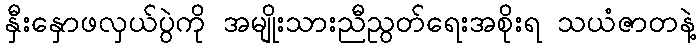
နှီးနှောဖလှယ်ပွဲကို အမျိုးသားညီညွတ်ရေးအစိုးရ သယံဇာတနဲ့